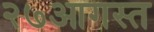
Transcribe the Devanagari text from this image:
२७आगस्त